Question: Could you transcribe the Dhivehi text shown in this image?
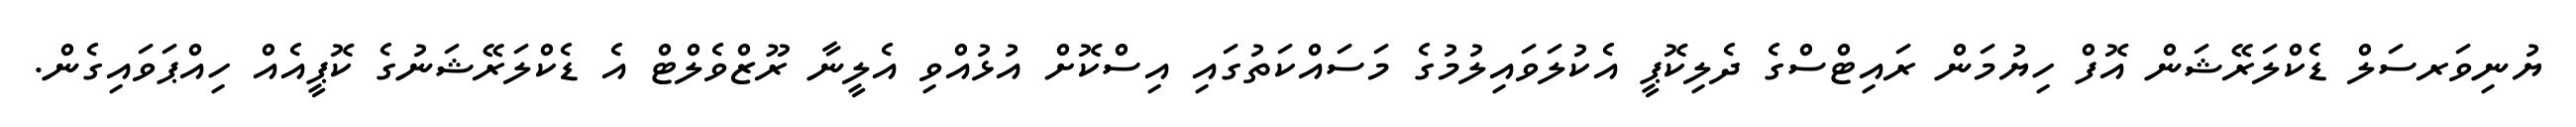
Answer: ޔުނިވަރސަލް ޑެކްލަރޭޝަން އޮފް ހިޔުމަން ރައިޓްސްގެ ދެލިކޮޕީ އެކުލަވައިލުމުގެ މަސައްކަތުގައި އިސްކޮށް އުޅުއްވި އެލީނާ ރޫޒްވެލްޓް އެ ޑެކްލަރޭޝަނުގެ ކޮޕީއެއް ހިއްޕަވައިގެން.